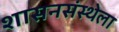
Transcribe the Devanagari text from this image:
शासनसंस्थेला